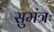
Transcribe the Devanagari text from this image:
सुमंत्रः